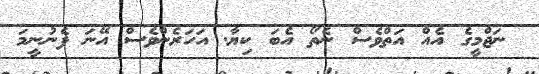
ނަޖްމީގެ އެއް އަތްވެސް ނެތޯ އެބަ ކިޔާ. އަހަރެންވެސް އޭނަ ފެނުނީމަ